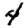
Digit: 4